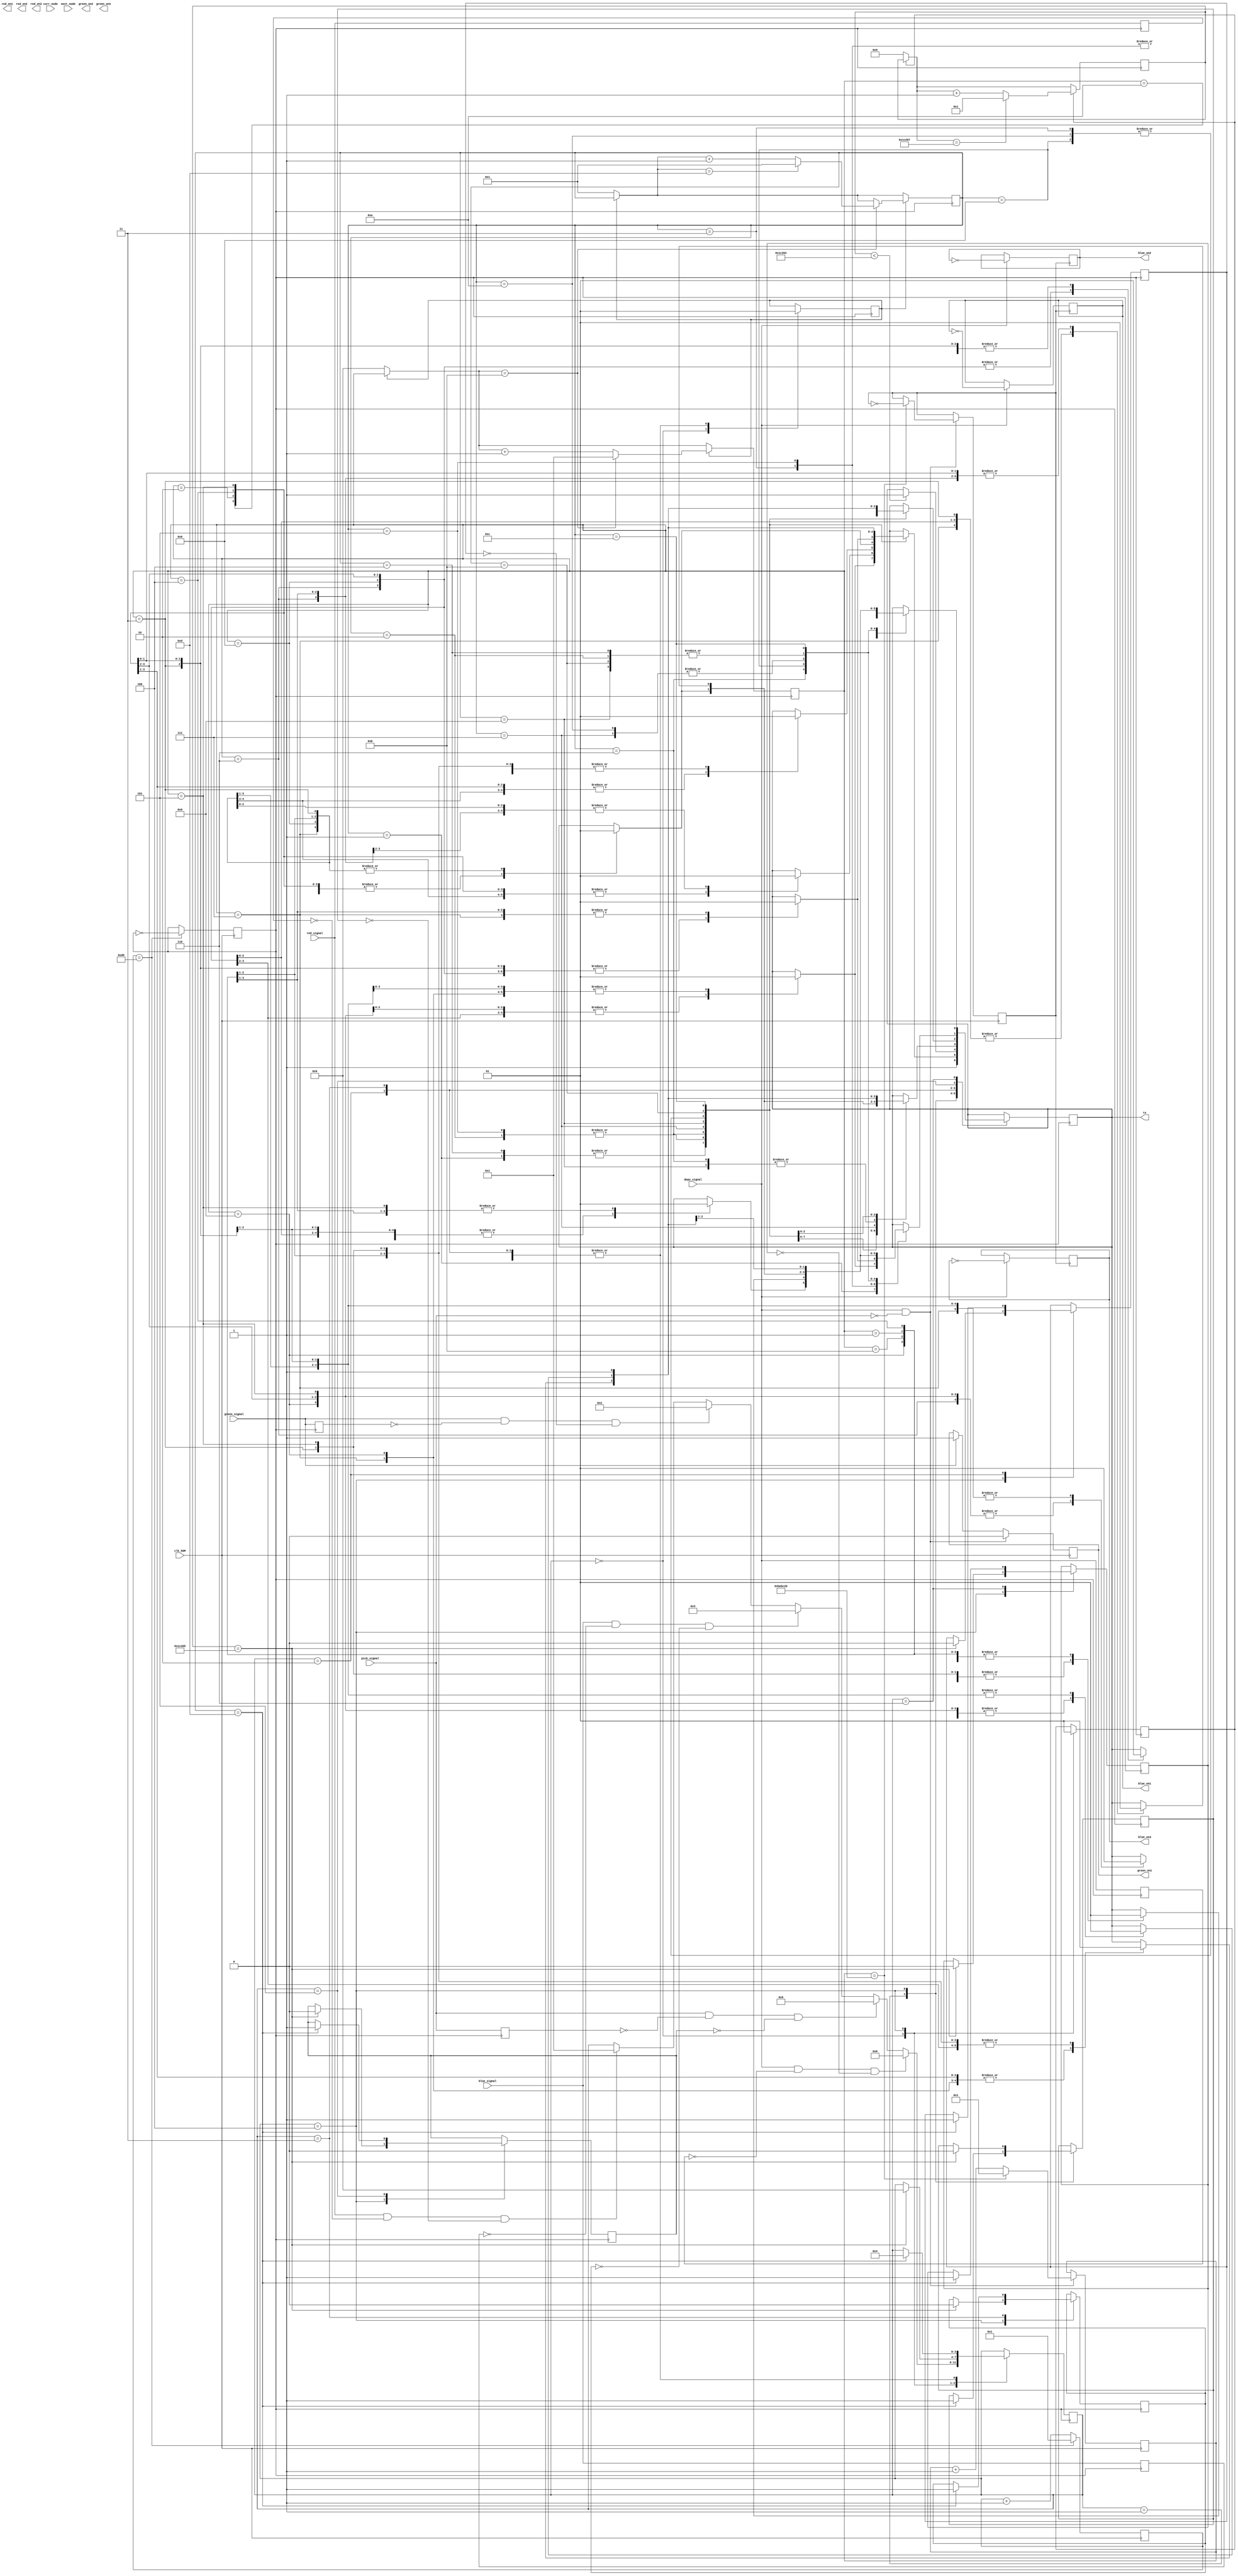
module SM_2300_Task5_uart(
	
	input red_signal,blue_signal, green_signal,
	input clk_50M,
	input pick_signal,depo_signal, 
	input [6:0] curr_node, next_node,
	output tx,
	output reg red_on1,green_on1,blue_on1,
	output reg red_on2,green_on2,blue_on2,
	output reg red_on3,green_on3,blue_on3
);

initial begin
green_on1=0;

end



reg  start_bit=0;
reg [1:0] stop_bit= 2'b11;
reg [7:0] red_bit = 8'b01010011;  // "S"
reg [7:0] red_bit1 = 8'b01001001; // "I"
reg [7:0] red_bit2 = 8'b00101101; // "-"
reg [7:0] red_bit3 = 8'b01010011; // "S"
reg [7:0] red_bit4 = 8'b01001001;  // "I"
reg [7:0] red_bit5 = 8'b01001101; // "N"
reg [7:0] red_bit6 = 8'b00110001; // "1"
reg [7:0] red_bit7 = 8'b00101101;//  '-'
reg [7:0] red_bit8= 8'b01010000;  // "P"
reg [7:0] red_bit9 = 8'b00101101; // "-"
reg [7:0] red_bit10 = 8'b00100011; // "#"


reg [7:0] GREEN_bit =   "S";
reg [7:0] GREEN_bit1 =  "I";
reg [7:0] GREEN_bit2 =  "-";
reg [7:0] GREEN_bit3 =  "S";
reg [7:0] GREEN_bit4 =  "I";
reg [7:0] GREEN_bit5 =  "N";
reg [7:0] GREEN_bit6 =  "1";
reg [7:0] GREEN_bit7 =  "-";
reg [7:0] GREEN_bit8 =  "N";         // "N"
reg [7:0] GREEN_bit9 =  "-";
reg [7:0] GREEN_bit10 = "#";

reg [7:0] BLUE_bit = 8'b01010011;  // "S"
reg [7:0] BLUE_bit1 = 8'b01001001; // "I"
reg [7:0] BLUE_bit2 = 8'b00101101; // "-"
reg [7:0] BLUE_bit3 = 8'b01010011; // "S"
reg [7:0] BLUE_bit4 = 8'b01001001;  // "I"
reg [7:0] BLUE_bit5 = 8'b01001101; // "N"
reg [7:0] BLUE_bit6 = 8'b00110011; // "3"
reg [7:0] BLUE_bit7 = 8'b00101101;//  '-'
reg [7:0] BLUE_bit8= 8'b01010111;  // "W"
reg [7:0] BLUE_bit9 = 8'b00101101; // "-"
reg [7:0] BLUE_bit10 = 8'b00100011; // "#"
reg idle =1;


/////////////////////////

 reg [7:0] pick0 = "S";  //S-P-DZN1-N-#  --> pick signal
 reg [7:0] pick1 = "-";
 reg [7:0] pick2 = "P";
 reg [7:0] pick3 = "-";
 reg [7:0] pick4 = "D";
 reg [7:0] pick5 = "Z";
 reg [7:0] pick6 = "N";
 reg [7:0] pick7 = "1";
 reg [7:0] pick8 = "-";
 reg [7:0] pick9 = "N";
 reg [7:0] pick10 = "-";
 reg [7:0] pick11 = "#";
 
 reg [7:0] depo0="S" ;  //S-D-DZN1-N-#   --> depo signal
 reg [7:0] depo1="-" ;
 reg [7:0] depo2= "D";
 reg [7:0] depo3="-" ;
 reg [7:0] depo4= "D";
 reg [7:0] depo5= "Z";
 reg [7:0] depo6= "N";
 reg [7:0] depo7= "1";
 reg [7:0] depo8= "-";
 reg [7:0] depo9= "N";
 reg [7:0] depo10= "-";
 reg [7:0] depo11= "#";



reg [1:0] state =0 ;  

reg tx_out =1 ;
reg [4:0] frame =0;  // frame to diffentiate in sending signal i.e "SM00"...frame 0 to S,1 to M , so on

reg [8:0] clk_50M_count =0; // 434 (50M/ baud rate) clock counter 
reg clock=1;    // clock to keep track of one bit of data packet that how how it gonna stay 
reg [3:0] clock_count=0;





always @(posedge clk_50M)
begin


if(clk_50M_count==217)
    begin
    clock = ~clock;	 
    clk_50M_count=1;
	 end

else 
clk_50M_count = clk_50M_count + 1;

end


always @(posedge clock)
begin 
	if(start_frame==0)
		begin
		clock_count=0;
		frame=1;
		
		end
	if(start_frame==1)
		begin
			if(clock_count==11)
				begin
					if(frame==(12+1)) frame=1;
					else frame=frame+1;
				clock_count=1;
				end
			else
			clock_count = clock_count +1;
		end


end



reg delay_red =0;
wire red_edge;
always @(posedge clock)
	begin 
	delay_red <= red_signal; 
	end
	
assign red_edge = red_signal & (~delay_red);


reg delay_green =0;
wire green_edge;
always @(posedge clock)
	begin 
	delay_green <= green_signal; 
	end
	
assign green_edge = green_signal & (~delay_green);





reg delay_blue =0;
wire blue_edge;
always @(posedge clock)
	begin 
	delay_blue <= blue_signal; 
	end
	
assign blue_edge = blue_signal & (~delay_blue);





/////////////////////////


reg delay_pick =0;
wire pick_edge;
always @(posedge clock)
	begin 
	delay_pick <= pick_signal; 
	end
	
assign pick_edge = pick_signal & (~delay_pick);

reg delay_depo =0;
wire depo_edge;
always @(posedge clock)
	begin 
	delay_depo <= depo_signal; 
	end
	
assign depo_edge = depo_signal & (~delay_depo);

//////





parameter s0=3'b000,
			 s1=3'b001,
			 s2=3'b010,
			 s3=3'b011,
			 s4=3'b100,
			 s5=3'b101,
			 s6 =3'b110;
			 


reg[3:0] curr=s0;
reg start_frame=0;

reg red_flag =0;
reg green_flag =0;
reg blue_flag =0;




reg start_delay=0;
reg [20:0]clock_delay_count=0;

always @(posedge clock)
begin 
	
	if(start_delay==0) clock_delay_count=0;	
		
	if(start_delay==1)
		begin
			if(clock_delay_count==115207)
				begin
					
				clock_delay_count=1;
				end
			else
			clock_delay_count = clock_delay_count +1;
		end


end






reg red_message_flag=0;
reg green_message_flag=0;
reg blue_message_flag=0;

//
reg pick_msg_flag =0;
reg depo_msg_flag =0;

always @(posedge clock)
begin
case(curr)
	s0:begin
			start_delay=0;
			start_frame=0;
			tx_out=1;
			if(red_edge ==1 && red_message_flag==0) curr<=s1;
			if(green_edge ==1&& green_message_flag==0 ) curr<=s2;
			if(blue_edge ==1&& blue_message_flag==0) curr<=s3;
			//
			if(pick_edge ==1 && pick_msg_flag ==0) curr <= s5;
			if(depo_edge ==1 && depo_msg_flag ==0) curr <= s6;
			// 
		end

	s1:begin
			start_frame=1;
			case(frame)

				1:
					case(clock_count)
						1:	tx_out= idle;
						2:	tx_out=start_bit;
						3: tx_out = red_bit[0];
						4: tx_out = red_bit[1];
						5: tx_out = red_bit[2];
						6: tx_out = red_bit[3];
						7: tx_out = red_bit[4];
						8: tx_out = red_bit[5];
						9: tx_out = red_bit[6];
						10: tx_out = red_bit[7];
						11: tx_out = stop_bit[0];
						
						
					endcase

				2:

					case(clock_count)
						1:	tx_out= idle;
						2:	tx_out=start_bit;
						3:tx_out = red_bit1[0];
						4: tx_out = red_bit1[1];
						5: tx_out = red_bit1[2];
						6: tx_out = red_bit1[3];
						7: tx_out = red_bit1[4];
						8: tx_out = red_bit1[5];
						9: tx_out = red_bit1[6];
						10: tx_out = red_bit1[7];
						11: tx_out = stop_bit[0];
						
						
					endcase

				3:

					case(clock_count)
					  1:	tx_out= idle;
						2:	tx_out=start_bit;
						3: tx_out = red_bit2[0];
						4: tx_out = red_bit2[1];
						5: tx_out = red_bit2[2];
						6: tx_out = red_bit2[3];
						7: tx_out = red_bit2[4];
						8: tx_out = red_bit2[5];
						9: tx_out = red_bit2[6];
						10: tx_out = red_bit2[7];
						11: tx_out = stop_bit[0];
						
						
					endcase
					
				4:

					case(clock_count)
					  1:	tx_out= idle;
						2:	tx_out=start_bit;
						3: tx_out = red_bit3[0];
						4: tx_out = red_bit3[1];
						5: tx_out = red_bit3[2];
						6: tx_out = red_bit3[3];
						7: tx_out = red_bit3[4];
						8: tx_out = red_bit3[5];
						9: tx_out = red_bit3[6];
						10: tx_out = red_bit3[7];
						11: tx_out = stop_bit[0];
						
						
					endcase
					
					
				5:

					case(clock_count)
					  1:	tx_out= idle;
						2:	tx_out=start_bit;
						3:tx_out = red_bit4[0];
						4: tx_out = red_bit4[1];
						5: tx_out = red_bit4[2];
						6: tx_out = red_bit4[3];
						7: tx_out = red_bit4[4];
						8: tx_out = red_bit4[5];
						9: tx_out = red_bit4[6];
						10: tx_out = red_bit4[7];
						11: tx_out = stop_bit[0];
						
						
					endcase


				6:
					case(clock_count)
						1:	tx_out= idle;
						2:	tx_out=start_bit;
						3:tx_out = red_bit5[0];
						4: tx_out = red_bit5[1];
						5: tx_out = red_bit5[2];
						6: tx_out = red_bit5[3];
						7: tx_out = red_bit5[4];
						8: tx_out = red_bit5[5];
						9: tx_out = red_bit5[6];
						10: tx_out = red_bit5[7];
						11: tx_out = stop_bit[0];
						
					endcase

				7:

					case(clock_count)
						1:	tx_out= idle;
						2:	tx_out=start_bit;
						3: tx_out = red_bit6[0];
						4: tx_out = red_bit6[1];
						5: tx_out = red_bit6[2];
						6: tx_out = red_bit6[3];
						7: tx_out = red_bit6[4];
						8: tx_out = red_bit6[5];
						9: tx_out = red_bit6[6];
						10: tx_out = red_bit6[7];
						11: tx_out = stop_bit[0];
						
						
						
					endcase

				8:

					case(clock_count)

						1:	tx_out= idle;
						2:	tx_out=start_bit;
						3: tx_out = red_bit7[0];
						4: tx_out = red_bit7[1];
						5: tx_out = red_bit7[2];
						6: tx_out = red_bit7[3];
						7: tx_out = red_bit7[4];
						8: tx_out = red_bit7[5];
						9: tx_out = red_bit7[6];
						10: tx_out = red_bit7[7];
						11: tx_out = stop_bit[0];
						
					endcase
					
				9:

					case(clock_count)

						1:	tx_out= idle;
						2:	tx_out=start_bit;
						3:tx_out = red_bit8[0];
						4: tx_out = red_bit8[1];
						5: tx_out = red_bit8[2];
						6: tx_out = red_bit8[3];
						7: tx_out = red_bit8[4];
						8: tx_out = red_bit8[5];
						9: tx_out = red_bit8[6];
						10: tx_out = red_bit8[7];
						11: tx_out = stop_bit[0];
						
					endcase
					
					
				10:

					case(clock_count)

						1:	tx_out= idle;
						2:	tx_out=start_bit;
						3:tx_out = red_bit9[0];
						4: tx_out = red_bit9[1];
						5: tx_out = red_bit9[2];
						6: tx_out = red_bit9[3];
						7: tx_out = red_bit9[4];
						8: tx_out = red_bit9[5];
						9: tx_out = red_bit9[6];
						10: tx_out = red_bit9[7];
						11: tx_out = stop_bit[0];
						
					endcase
					
				11:

					case(clock_count)

						1:	tx_out= idle;
						2:	tx_out=start_bit;
						3:tx_out = red_bit10[0];
						4: tx_out = red_bit10[1];
						5: tx_out = red_bit10[2];
						6: tx_out = red_bit10[3];
						7: tx_out = red_bit10[4];
						8: tx_out = red_bit10[5];
						9: tx_out = red_bit10[6];
						10: tx_out = red_bit10[7];
						11: tx_out = stop_bit[0];
						
					endcase
					
				12: begin
						tx_out=  1;
						end
				
					
					 
				13: begin
					  red_message_flag=1;
							curr<=s4; end
						
				endcase
				
		end
		
	s4:begin
			start_delay=1;
			if(clock_delay_count<115204) tx_out=1;
			if(clock_delay_count==115205) 
				begin 
					red_message_flag=0;
					green_message_flag=0;
					blue_message_flag=0;
					//
					pick_msg_flag =0;
					depo_msg_flag =0;
					//
					curr<=s0;
				end
	   end
						
	s2:begin
			start_frame=1;
			case(frame)

				1:
					case(clock_count)
						1:	tx_out= idle;
						2:	tx_out=start_bit;
						3: tx_out = GREEN_bit[0];
						4: tx_out = GREEN_bit[1];
						5: tx_out = GREEN_bit[2];
						6: tx_out = GREEN_bit[3];
						7: tx_out = GREEN_bit[4];
						8: tx_out = GREEN_bit[5];
						9: tx_out = GREEN_bit[6];
						10: tx_out = GREEN_bit[7];
						11: tx_out = stop_bit[0];
						
						
					endcase

				2:

					case(clock_count)
						1:	tx_out= idle;
						2:	tx_out=start_bit;
						3: tx_out = GREEN_bit1[0];
						4: tx_out = GREEN_bit1[1];
						5: tx_out = GREEN_bit1[2];
						6: tx_out = GREEN_bit1[3];
						7: tx_out = GREEN_bit1[4];
						8: tx_out = GREEN_bit1[5];
						9: tx_out = GREEN_bit1[6];
						10: tx_out = GREEN_bit1[7];
						11: tx_out = stop_bit[0];
						
						
					endcase

				3:

					case(clock_count)
					  1:	tx_out= idle;
						2:	tx_out=start_bit;
						3: tx_out = GREEN_bit2[0];
						4: tx_out = GREEN_bit2[1];
						5: tx_out = GREEN_bit2[2];
						6: tx_out = GREEN_bit2[3];
						7: tx_out = GREEN_bit2[4];
						8: tx_out = GREEN_bit2[5];
						9: tx_out = GREEN_bit2[6];
						10: tx_out = GREEN_bit2[7];
						11: tx_out = stop_bit[0];
						
						
					endcase
					
				4:

					case(clock_count)
					  1:	tx_out= idle;
						2:	tx_out=start_bit;
						3: tx_out = GREEN_bit3[0];
						4: tx_out = GREEN_bit3[1];
						5: tx_out = GREEN_bit3[2];
						6: tx_out = GREEN_bit3[3];
						7: tx_out = GREEN_bit3[4];
						8: tx_out = GREEN_bit3[5];
						9: tx_out = GREEN_bit3[6];
						10: tx_out = GREEN_bit3[7];
						11: tx_out = stop_bit[0];
						
						
					endcase
					
					
				5:

					case(clock_count)
					  1:	tx_out= idle;
						2:	tx_out=start_bit;
						3: tx_out = GREEN_bit4[0];
						4: tx_out = GREEN_bit4[1];
						5: tx_out = GREEN_bit4[2];
						6: tx_out = GREEN_bit4[3];
						7: tx_out = GREEN_bit4[4];
						8: tx_out = GREEN_bit4[5];
						9: tx_out = GREEN_bit4[6];
						10: tx_out = GREEN_bit4[7];
						11: tx_out = stop_bit[0];
						
						
					endcase


				6:
					case(clock_count)
						1:	tx_out= idle;
						2:	tx_out=start_bit;
						3: tx_out = GREEN_bit5[0];
						4: tx_out = GREEN_bit5[1];
						5: tx_out = GREEN_bit5[2];
						6: tx_out = GREEN_bit5[3];
						7: tx_out = GREEN_bit5[4];
						8: tx_out = GREEN_bit5[5];
						9: tx_out = GREEN_bit5[6];
						10: tx_out = GREEN_bit5[7];
						11: tx_out = stop_bit[0];
						
					endcase

				7:

					case(clock_count)
						1:	tx_out= idle;
						2:	tx_out=start_bit;
						3: tx_out = GREEN_bit6[0];
						4: tx_out = GREEN_bit6[1];
						5: tx_out = GREEN_bit6[2];
						6: tx_out = GREEN_bit6[3];
						7: tx_out = GREEN_bit6[4];
						8: tx_out = GREEN_bit6[5];
						9: tx_out = GREEN_bit6[6];
						10: tx_out = GREEN_bit6[7];
						11: tx_out = stop_bit[0];
						
						
						
					endcase

				8:

					case(clock_count)

						1:	tx_out= idle;
						2:	tx_out=start_bit;
						3: tx_out = GREEN_bit7[0];
						4: tx_out = GREEN_bit7[1];
						5: tx_out = GREEN_bit7[2];
						6: tx_out = GREEN_bit7[3];
						7: tx_out = GREEN_bit7[4];
						8: tx_out = GREEN_bit7[5];
						9: tx_out = GREEN_bit7[6];
						10: tx_out = GREEN_bit7[7];
						11: tx_out = stop_bit[0];
						
					endcase
					
				9:

					case(clock_count)

						1:	tx_out= idle;
						2:	tx_out=start_bit;
						3: tx_out = GREEN_bit8[0];
						4: tx_out = GREEN_bit8[1];
						5: tx_out = GREEN_bit8[2];
						6: tx_out = GREEN_bit8[3];
						7: tx_out = GREEN_bit8[4];
						8: tx_out = GREEN_bit8[5];
						9: tx_out = GREEN_bit8[6];
						10: tx_out = GREEN_bit8[7];
						11: tx_out = stop_bit[0];
						
					endcase
					
					
				10:

					case(clock_count)

						1:	tx_out= idle;
						2:	tx_out=start_bit;
						3: tx_out = GREEN_bit9[0];
						4: tx_out = GREEN_bit9[1];
						5: tx_out = GREEN_bit9[2];
						6: tx_out = GREEN_bit9[3];
						7: tx_out = GREEN_bit9[4];
						8: tx_out = GREEN_bit9[5];
						9: tx_out = GREEN_bit9[6];
						10: tx_out = GREEN_bit9[7];
						11: tx_out = stop_bit[0];
						
					endcase
					
				11:

					case(clock_count)

						1:	tx_out= idle;
						2:	tx_out=start_bit;
						3: tx_out = GREEN_bit10[0];
						4: tx_out = GREEN_bit10[1];
						5: tx_out = GREEN_bit10[2];
						6: tx_out = GREEN_bit10[3];
						7: tx_out = GREEN_bit10[4];
						8: tx_out = GREEN_bit10[5];
						9: tx_out = GREEN_bit10[6];
						10: tx_out = GREEN_bit10[7];
						11: tx_out = stop_bit[0];
						
					endcase
					
				12:begin
						tx_out = 1;
					end
				13: begin  	
						green_message_flag=1;
						curr<=s4;
					end
					
				endcase
				
		end					
			
				
s3:begin
			start_frame=1;
			case(frame)

				1:
					case(clock_count)
						1:	tx_out= idle;
						2:	tx_out=start_bit;
						3:tx_out = BLUE_bit[0];
						4: tx_out = BLUE_bit[1];
						5: tx_out = BLUE_bit[2];
						6: tx_out = BLUE_bit[3];
						7: tx_out = BLUE_bit[4];
						8: tx_out = BLUE_bit[5];
						9: tx_out = BLUE_bit[6];
						10: tx_out = BLUE_bit[7];
						11: tx_out = stop_bit[0];
						
					endcase

				2:

					case(clock_count)
						1:	tx_out= idle;
						2:	tx_out=start_bit;
						3:tx_out = BLUE_bit1[0];
						4: tx_out = BLUE_bit1[1];
						5: tx_out = BLUE_bit1[2];
						6: tx_out = BLUE_bit1[3];
						7: tx_out = BLUE_bit1[4];
						8: tx_out = BLUE_bit1[5];
						9: tx_out = BLUE_bit1[6];
						10: tx_out = BLUE_bit1[7];
						11: tx_out = stop_bit[0];
						
						
					endcase

				3:

					case(clock_count)
					  1:	tx_out= idle;
						2:	tx_out=start_bit;
						3:tx_out = BLUE_bit2[0];
						4: tx_out = BLUE_bit2[1];
						5: tx_out = BLUE_bit2[2];
						6: tx_out = BLUE_bit2[3];
						7: tx_out = BLUE_bit2[4];
						8: tx_out = BLUE_bit2[5];
						9: tx_out = BLUE_bit2[6];
						10: tx_out = BLUE_bit2[7];
						11: tx_out = stop_bit[0];
						
						
					endcase
					
				4:

					case(clock_count)
					  1:	tx_out= idle;
						2:	tx_out=start_bit;
						3:tx_out = BLUE_bit3[0];
						4: tx_out = BLUE_bit3[1];
						5: tx_out = BLUE_bit3[2];
						6: tx_out = BLUE_bit3[3];
						7: tx_out = BLUE_bit3[4];
						8: tx_out = BLUE_bit3[5];
						9: tx_out = BLUE_bit3[6];
						10: tx_out = BLUE_bit3[7];
						11: tx_out = stop_bit[0];
						
						
					endcase
					
					
				5:

					case(clock_count)
					  1:	tx_out= idle;
						2:	tx_out=start_bit;
						3:tx_out = BLUE_bit4[0];
						4: tx_out = BLUE_bit4[1];
						5: tx_out = BLUE_bit4[2];
						6: tx_out = BLUE_bit4[3];
						7: tx_out = BLUE_bit4[4];
						8: tx_out = BLUE_bit4[5];
						9: tx_out = BLUE_bit4[6];
						10: tx_out = BLUE_bit4[7];
						11: tx_out = stop_bit[0];
						
						
					endcase


				6:
					case(clock_count)
						1:	tx_out= idle;
						2:	tx_out=start_bit;
						3:tx_out = BLUE_bit5[0];
						4: tx_out = BLUE_bit5[1];
						5: tx_out = BLUE_bit5[2];
						6: tx_out = BLUE_bit5[3];
						7: tx_out = BLUE_bit5[4];
						8: tx_out = BLUE_bit5[5];
						9: tx_out = BLUE_bit5[6];
						10: tx_out = BLUE_bit5[7];
						11: tx_out = stop_bit[0];
						
					endcase

				7:

					case(clock_count)
						1:	tx_out= idle;
						2:	tx_out=start_bit;
						3:tx_out = BLUE_bit6[0];
						4: tx_out = BLUE_bit6[1];
						5: tx_out = BLUE_bit6[2];
						6: tx_out = BLUE_bit6[3];
						7: tx_out = BLUE_bit6[4];
						8: tx_out = BLUE_bit6[5];
						9: tx_out = BLUE_bit6[6];
						10: tx_out = BLUE_bit6[7];
						11: tx_out = stop_bit[0];
						
						
						
					endcase

				8:

					case(clock_count)

						1:	tx_out= idle;
						2:	tx_out=start_bit;
						3:tx_out = BLUE_bit7[0];
						4: tx_out = BLUE_bit7[1];
						5: tx_out = BLUE_bit7[2];
						6: tx_out = BLUE_bit7[3];
						7: tx_out = BLUE_bit7[4];
						8: tx_out = BLUE_bit7[5];
						9: tx_out = BLUE_bit7[6];
						10: tx_out = BLUE_bit7[7];
						11: tx_out = stop_bit[0];
						
					endcase
					
				9:

					case(clock_count)

						1:	tx_out= idle;
						2:	tx_out=start_bit;
						3:tx_out = BLUE_bit8[0];
						4: tx_out = BLUE_bit8[1];
						5: tx_out = BLUE_bit8[2];
						6: tx_out = BLUE_bit8[3];
						7: tx_out = BLUE_bit8[4];
						8: tx_out = BLUE_bit8[5];
						9: tx_out = BLUE_bit8[6];
						10: tx_out = BLUE_bit8[7];
						11: tx_out = stop_bit[0];
						
					endcase
					
					
				10:

					case(clock_count)

						1:	tx_out= idle;
						2:	tx_out=start_bit;
						3:tx_out = BLUE_bit9[0];
						4: tx_out = BLUE_bit9[1];
						5: tx_out = BLUE_bit9[2];
						6: tx_out = BLUE_bit9[3];
						7: tx_out = BLUE_bit9[4];
						8: tx_out = BLUE_bit9[5];
						9: tx_out = BLUE_bit9[6];
						10: tx_out = BLUE_bit9[7];
						11: tx_out = stop_bit[0];
						
					endcase
					
				11:

					case(clock_count)

						1:	tx_out= idle;
						2:	tx_out=start_bit;
						3:tx_out = BLUE_bit10[0];
						4: tx_out = BLUE_bit10[1];
						5: tx_out = BLUE_bit10[2];
						6: tx_out = BLUE_bit10[3];
						7: tx_out = BLUE_bit10[4];
						8: tx_out = BLUE_bit10[5];
						9: tx_out = BLUE_bit10[6];
						10: tx_out = BLUE_bit10[7];
						11: tx_out = stop_bit[0];
						
					endcase
							
				12:begin
						 tx_out = 1;
					end
					
				13: begin
						blue_message_flag=1;
						curr<=s4;
						
					end	
					
					
				endcase
				
		end					
s5:begin
			start_frame=1;
			case(frame)

				1:
					case(clock_count)
						1:	tx_out= idle;
						2:	tx_out=start_bit;
						3: tx_out = pick0[0];
						4: tx_out = pick0[1];
						5: tx_out = pick0[2];
						6: tx_out = pick0[3];
						7: tx_out = pick0[4];
						8: tx_out = pick0[5];
						9: tx_out = pick0[6];
						10: tx_out = pick0[7];
						11: tx_out = stop_bit[0];
						
					endcase

				2:

					case(clock_count)
						1:	tx_out= idle;
						2:	tx_out=start_bit;
						3:tx_out = pick1[0];
						4: tx_out = pick1[1];
						5: tx_out = pick1[2];
						6: tx_out = pick1[3];
						7: tx_out = pick1[4];
						8: tx_out = pick1[5];
						9: tx_out = pick1[6];
						10: tx_out = pick1[7];
						11: tx_out = stop_bit[0];
						
						
					endcase

				3:

					case(clock_count)
					  1:	tx_out= idle;
						2:	tx_out=start_bit;
						3:tx_out = pick2[0];
						4: tx_out = pick2[1];
						5: tx_out = pick2[2];
						6: tx_out = pick2[3];
						7: tx_out = pick2[4];
						8: tx_out = pick2[5];
						9: tx_out = pick2[6];
						10: tx_out = pick2[7];
						11: tx_out = stop_bit[0];
						
						
					endcase
					
				4:

					case(clock_count)
					  1:	tx_out= idle;
						2:	tx_out=start_bit;
						3:tx_out = pick3[0];
						4: tx_out =pick3[1];
						5: tx_out = pick3[2];
						6: tx_out = pick3[3];
						7: tx_out = pick3[4];
						8: tx_out = pick3[5];
						9: tx_out = pick3[6];
						10: tx_out = pick3[7];
						11: tx_out = stop_bit[0];
						
						
					endcase
					
					
				5:

					case(clock_count)
					  1:	tx_out= idle;
						2:	tx_out=start_bit;
						3:tx_out = pick4[0];
						4: tx_out = pick4[1];
						5: tx_out = pick4[2];
						6: tx_out = pick4[3];
						7: tx_out = pick4[4];
						8: tx_out =pick4[5];
						9: tx_out = pick4[6];
						10: tx_out = pick4[7];
						11: tx_out = stop_bit[0];
						
						
					endcase


				6:
					case(clock_count)
					  1:	tx_out= idle;
						2:	tx_out=start_bit;
						3:tx_out =  pick5[0];
						4: tx_out = pick5[1];
						5: tx_out = pick5[2];
						6: tx_out = pick5[3];
						7: tx_out = pick5[4];
						8: tx_out = pick5[5];
						9: tx_out = pick5[6];
						10:tx_out = pick5[7];
						11:tx_out = stop_bit[0];
						
					endcase

				7:

					case(clock_count)
						1:	tx_out= idle;
						2:	tx_out=start_bit;
						3:tx_out =  pick6[0];
						4: tx_out = pick6[1];
						5: tx_out = pick6[2];
						6: tx_out = pick6[3];
						7: tx_out = pick6[4];
						8: tx_out = pick6[5];
						9: tx_out = pick6[6];
						10:tx_out = pick6[7];
						11: tx_out = stop_bit[0];
						
						
						
					endcase

				8:

					case(clock_count)

						1:	tx_out= idle;
						2:	tx_out=start_bit;
						3:tx_out =  pick7[0];
						4: tx_out = pick7[1];
						5: tx_out = pick7[2];
						6: tx_out = pick7[3];
						7: tx_out = pick7[4];
						8: tx_out = pick7[5];
						9: tx_out = pick7[6];
						10:tx_out = pick7[7];
						11: tx_out = stop_bit[0];
						
					endcase
					
				9:

					case(clock_count)

						1:	tx_out= idle;
						2:	tx_out=start_bit;
						3:tx_out =  pick8[0];
						4: tx_out = pick8[1];
						5: tx_out = pick8[2];
						6: tx_out = pick8[3];
						7: tx_out = pick8[4];
						8: tx_out = pick8[5];
						9: tx_out = pick8[6];
						10:tx_out = pick8[7];
						11: tx_out = stop_bit[0];
						
					endcase
					
					
				10:

					case(clock_count)

						1:	tx_out= idle;
						2:	tx_out=start_bit;
						3:tx_out =  pick9[0];
						4: tx_out = pick9[1];
						5: tx_out = pick9[2];
						6: tx_out = pick9[3];
						7: tx_out = pick9[4];
						8: tx_out = pick9[5];
						9: tx_out = pick9[6];
						10:tx_out = pick9[7];
						11: tx_out = stop_bit[0];
						
					endcase
					
				11:

					case(clock_count)

						1:	tx_out= idle;
						2:	tx_out=start_bit;
						3:tx_out =  pick10[0];
						4: tx_out = pick10[1];
						5: tx_out = pick10[2];
						6: tx_out = pick10[3];
						7: tx_out = pick10[4];
						8: tx_out = pick10[5];
						9: tx_out = pick10[6];
						10:tx_out = pick10[7];
						11: tx_out = stop_bit[0];
						
					endcase
							
				12:
				    case(clock_count)

						1:	tx_out= idle;
						2:	tx_out=start_bit;
						3:tx_out =  pick11[0];
						4: tx_out = pick11[1];
						5: tx_out = pick11[2];
						6: tx_out = pick11[3];
						7: tx_out = pick11[4];
						8: tx_out = pick11[5];
						9: tx_out = pick11[6];
						10:tx_out = pick11[7];
						11: tx_out = stop_bit[0];
						
					endcase
				13: begin
						pick_msg_flag=1;
						curr<=s4;
					end	
					
					
				endcase
				
		end
s6:begin
			start_frame=1;
			case(frame)

				1:
					case(clock_count)
						1:	tx_out= idle;
						2:	tx_out=start_bit;
						3: tx_out = depo0[0];
						4: tx_out = depo0[1];
						5: tx_out = depo0[2];
						6: tx_out = depo0[3];
						7: tx_out = depo0[4];
						8: tx_out = depo0[5];
						9: tx_out = depo0[6];
						10:tx_out = depo0[7];
						11: tx_out = stop_bit[0];
						
					endcase

				2:

					case(clock_count)
						1:	tx_out= idle;
						2:	tx_out=start_bit;
						3: tx_out = depo1[0];
						4: tx_out = depo1[1];
						5: tx_out = depo1[2];
						6: tx_out = depo1[3];
						7: tx_out = depo1[4];
						8: tx_out = depo1[5];
						9: tx_out = depo1[6];
						10:tx_out = depo1[7];
						11: tx_out = stop_bit[0];
						
						
					endcase

				3:

					case(clock_count)
					  1:	tx_out= idle;
						2:	tx_out=start_bit;
						3: tx_out = depo2[0];
						4: tx_out = depo2[1];
						5: tx_out = depo2[2];
						6: tx_out = depo2[3];
						7: tx_out = depo2[4];
						8: tx_out = depo2[5];
						9: tx_out = depo2[6];
						10:tx_out = depo2[7];
						11: tx_out = stop_bit[0];
						
						
					endcase
					
				4:

					case(clock_count)
					  1:	tx_out= idle;
						2:	tx_out=start_bit;
						3: tx_out = depo3[0];
						4: tx_out = depo3[1];
						5: tx_out = depo3[2];
						6: tx_out = depo3[3];
						7: tx_out = depo3[4];
						8: tx_out = depo3[5];
						9: tx_out = depo3[6];
						10:tx_out = depo3[7];
						11: tx_out = stop_bit[0];
						
						
					endcase
					
					
				5:

					case(clock_count)
					  1:	tx_out= idle;
						2:	tx_out=start_bit;
						3: tx_out = depo4[0];
						4: tx_out = depo4[1];
						5: tx_out = depo4[2];
						6: tx_out = depo4[3];
						7: tx_out = depo4[4];
						8: tx_out = depo4[5];
						9: tx_out = depo4[6];
						10:tx_out = depo4[7];
						11: tx_out = stop_bit[0];
						
						
					endcase


				6:
					case(clock_count)
					  1:	tx_out= idle;
						2:	tx_out=start_bit;
						3: tx_out = depo5[0];
						4: tx_out = depo5[1];
						5: tx_out = depo5[2];
						6: tx_out = depo5[3];
						7: tx_out = depo5[4];
						8: tx_out = depo5[5];
						9: tx_out = depo5[6];
						10:tx_out = depo5[7];
						11:tx_out = stop_bit[0];
						
					endcase

				7:

					case(clock_count)
						1:	tx_out= idle;
						2:	tx_out=start_bit;
						3: tx_out = depo6[0];
						4: tx_out = depo6[1];
						5: tx_out = depo6[2];
						6: tx_out = depo6[3];
						7: tx_out = depo6[4];
						8: tx_out = depo6[5];
						9: tx_out = depo6[6];
						10:tx_out = depo6[7];
						11: tx_out = stop_bit[0];
						
						
						
					endcase

				8:

					case(clock_count)

						1:	tx_out= idle;
						2:	tx_out=start_bit;
						3: tx_out = depo7[0];
						4: tx_out = depo7[1];
						5: tx_out = depo7[2];
						6: tx_out = depo7[3];
						7: tx_out = depo7[4];
						8: tx_out = depo7[5];
						9: tx_out = depo7[6];
						10:tx_out = depo7[7];
						11: tx_out = stop_bit[0];
						
					endcase
					
				9:

					case(clock_count)

						1:	tx_out= idle;
						2:	tx_out=start_bit;
						3: tx_out = depo8[0];
						4: tx_out = depo8[1];
						5: tx_out = depo8[2];
						6: tx_out = depo8[3];
						7: tx_out = depo8[4];
						8: tx_out = depo8[5];
						9: tx_out = depo8[6];
						10:tx_out = depo8[7];
						11: tx_out = stop_bit[0];
						
					endcase
					
					
				10:

					case(clock_count)

						1:	tx_out= idle;
						2:	tx_out=start_bit;
						3: tx_out = depo9[0];
						4: tx_out = depo9[1];
						5: tx_out = depo9[2];
						6: tx_out = depo9[3];
						7: tx_out = depo9[4];
						8: tx_out = depo9[5];
						9: tx_out = depo9[6];
						10:tx_out = depo9[7];
						11: tx_out = stop_bit[0];
						
					endcase
					
				11:

					case(clock_count)

						1:	tx_out= idle;
						2:	tx_out=start_bit;
						3: tx_out = depo10[0];
						4: tx_out = depo10[1];
						5: tx_out = depo10[2];
						6: tx_out = depo10[3];
						7: tx_out = depo10[4];
						8: tx_out = depo10[5];
						9: tx_out = depo10[6];
						10:tx_out = depo10[7];
						11: tx_out = stop_bit[0];
						
					endcase
							
				12:
				    case(clock_count)

						1:	tx_out= idle;
						2:	tx_out=start_bit;
						3: tx_out = depo11[0];
						4: tx_out = depo11[1];
						5: tx_out = depo11[2];
						6: tx_out = depo11[3];
						7: tx_out = depo11[4];
						8: tx_out = depo11[5];
						9: tx_out = depo11[6];
						10:tx_out = depo11[7];
						11: tx_out = stop_bit[0];
						
					endcase
					
				13: begin
						depo_msg_flag=1;
						curr<=s4;
					end
					
					
				endcase
				
		end		
endcase
					
end

assign tx = tx_out;




reg blink_clock=0;

reg [23:0]counter_blink=0;

always @(posedge clk_50M) begin // 50M/2 -1

if(green_signal==1)green_on1=1;

if(depo_signal==1&&pick_signal==0)begin
			

			green_on1=0;

	if(counter_blink==12500000) begin
				blink_clock=~blink_clock;
				counter_blink = 1; 
				end
			
	else counter_blink=counter_blink+1;
	end  
end



always @(posedge blink_clock)
begin
if(depo_signal==1)begin blue_on1=~blue_on1;
							blue_on2=~blue_on2;
							blue_on3=~blue_on3;
						end

end
////////////////////////YOUR CODE ENDS HERE//////////////////////////
endmodule